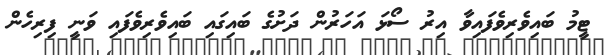
ޓީމު ބައިވެރިވެފައިވާ އިރު ސޯޅަ އަހަރުން ދަށުގެ ބައިގައި ބައިވެރިވެފައި ވަނީ ފިރިހެން